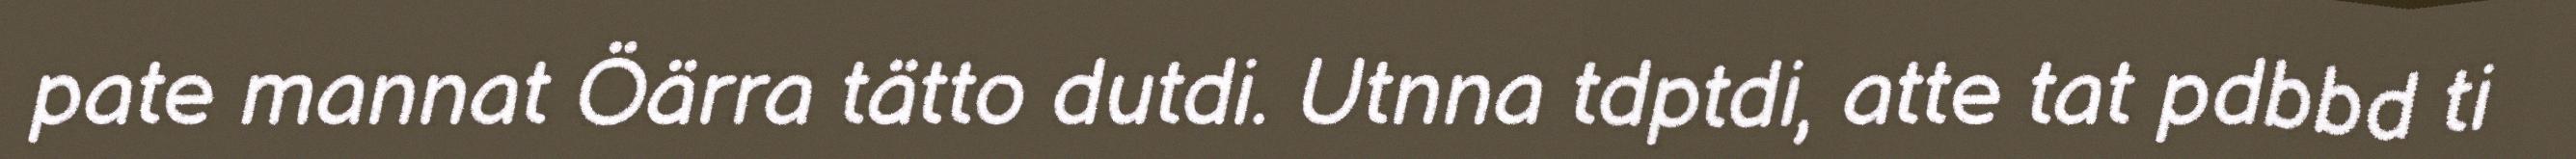
pate mannat Öärra tätto dutdi. Utnna tdptdi, atte tat pdbbd ti